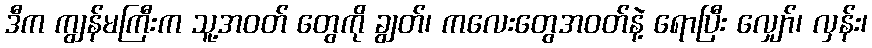
ဒီက ကျွန်မကြီးက သူ့အဝတ် တွေကို ချွတ်၊ ကလေးတွေအဝတ်နဲ့ ရောပြီး လျှော်၊ လှန်း၊